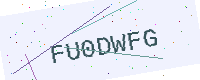
Text: FU0DWFG